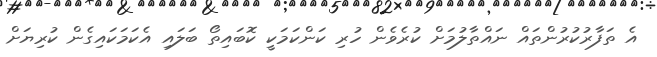
އެ ތަފާރުކުރުންތައް ނައްތާލުމަށް ކުރެވެން ހުރި ކަންކަމަކީ ކޮބައިތޯ ބަލައި އެކަމަކައިގެން ކުރިޔަށް